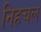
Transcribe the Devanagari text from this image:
निहचल